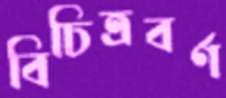
বিচিত্রবর্ণ